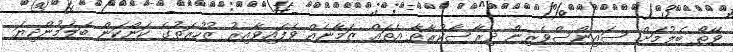
ވޭތޯ ބެލުމަށް ސައިންސްވެރިން ދިރާސާކުރާތާ އެތައް ޒަމާނެއް ވެފައިވާއިރު ޒުހުރަތުގެ ކަންކަން ބަލަމުންދިޔަ